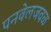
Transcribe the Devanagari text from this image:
पनवेलजवळ